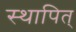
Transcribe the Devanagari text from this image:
स्थापित्